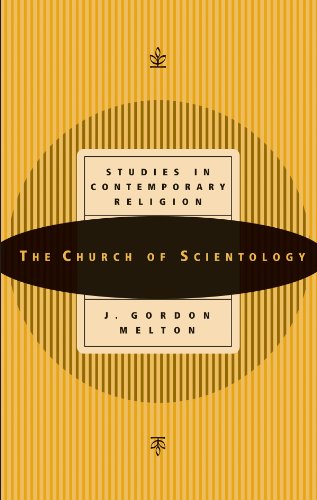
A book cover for The Church of Scientology (Studies in Contemporary Religions, series volume 1); J. Gordon Melton; Religion & Spirituality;